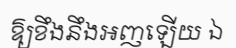
ឱ្យខឹងនឹងអញឡើយ ឯ